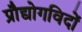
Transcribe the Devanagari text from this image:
प्रौद्योगविदों